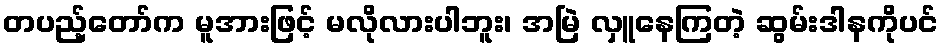
တပည့်တော်က မူအားဖြင့် မလိုလားပါဘူး၊ အမြဲ လှူနေကြတဲ့ ဆွမ်းဒါနကိုပင်